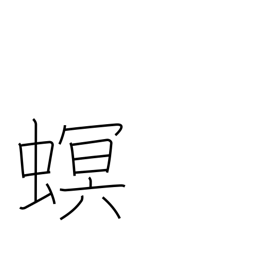
Meaning: injurious parasite